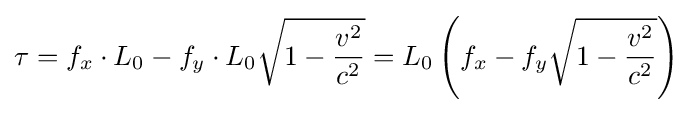
\tau =f_{x}\cdot L_{0}-f_{y}\cdot L_{0}{\sqrt {1-{\frac {v^{2}}{c^{2}}}}}=L_{0}\left(f_{x}-f_{y}{\sqrt {1-{\frac {v^{2}}{c^{2}}}}}\right)